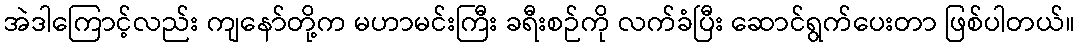
အဲဒါကြောင့်လည်း ကျနော်တို့က မဟာမင်းကြီး ခရီးစဉ်ကို လက်ခံပြီး ဆောင်ရွက်ပေးတာ ဖြစ်ပါတယ်။